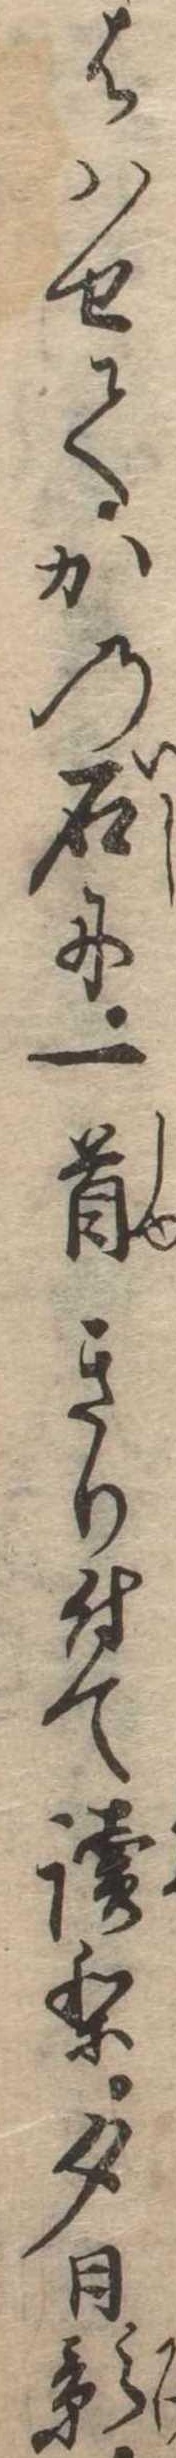
ははせてかの石に一首きり付て読り夕日影